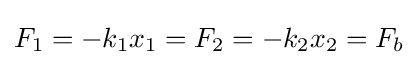
F_{1}=-k_{1}x_{1}=F_{2}=-k_{2}x_{2}=F_{b}